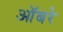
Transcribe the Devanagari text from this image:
ऑबरे